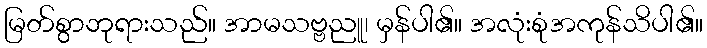
မြတ်စွာဘုရားသည်။ အာမသဗ္ဗညူ၊ မှန်ပါ၏။ အလုံးစုံအကုန်သိပါ၏။